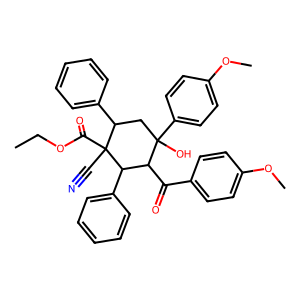
SMILES: CCOC(=O)C1(C#N)C(c2ccccc2)CC(O)(c2ccc(OC)cc2)C(C(=O)c2ccc(OC)cc2)C1c1ccccc1
Inhibits HIV replication: No